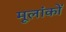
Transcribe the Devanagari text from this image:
मूलांकों